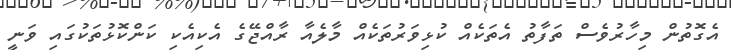
އެގޮތުން މިހާރުވެސް ތަފާތު އެތަކެއް ކުޅިވަރުތަކެއް މާލެއާ ރާއްޖޭގެ އެކިއެކި ކަންކޮޅުތަކުގައި ވަނީ